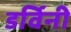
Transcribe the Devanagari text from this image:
डर्विनी